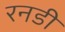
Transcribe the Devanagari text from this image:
रनडी